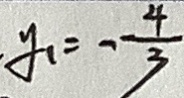
\cdot y _ { 1 } = - \frac { 4 } { 3 }